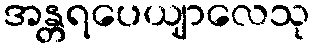
အန္တရပေယျာလေသု